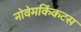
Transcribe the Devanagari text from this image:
नोवेमकिंकटस